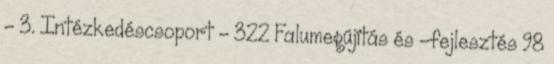
- 3. Intézkedéscsoport - 322 Falumegújítás és -fejlesztés 98